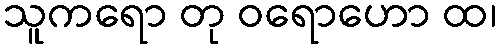
သူကရော တု ဝရောဟော ထ၊